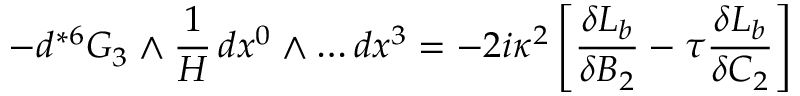
- d { } ^ { * 6 } G _ { 3 } \wedge \frac { 1 } { H } \, d x ^ { 0 } \wedge \dots d x ^ { 3 } = - 2 i \kappa ^ { 2 } \left[ \frac { \delta { \cal { L } } _ { b } } { \delta B _ { 2 } } - \tau \frac { \delta { \cal { L } } _ { b } } { \delta C _ { 2 } } \right]